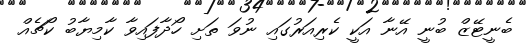
ބެނީޓޭޒް ބުނީ އޭނާ އަކީ ކެރިއަރުގައި ނުވަ ތަށި ހޯދާފައިވާ ކާމިޔާބު ކޯޗެއް